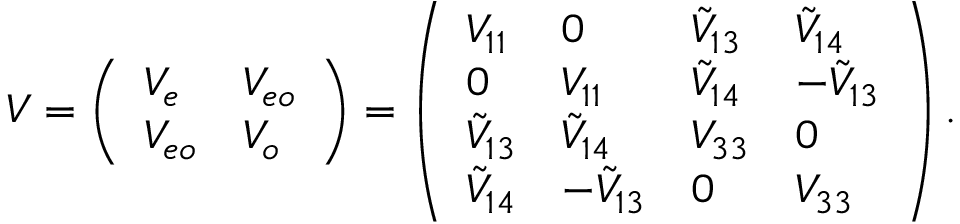
V = \left( \begin{array} { l l } { V _ { e } } & { V _ { e o } } \\ { V _ { e o } } & { V _ { o } } \end{array} \right) = \left( \begin{array} { l l l l } { V _ { 1 1 } } & { 0 } & { \tilde { V } _ { 1 3 } } & { \tilde { V } _ { 1 4 } } \\ { 0 } & { V _ { 1 1 } } & { \tilde { V } _ { 1 4 } } & { - \tilde { V } _ { 1 3 } } \\ { \tilde { V } _ { 1 3 } } & { \tilde { V } _ { 1 4 } } & { V _ { 3 3 } } & { 0 } \\ { \tilde { V } _ { 1 4 } } & { - \tilde { V } _ { 1 3 } } & { 0 } & { V _ { 3 3 } } \end{array} \right) .